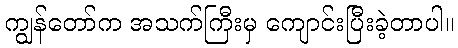
ကျွန်တော်က အသက်ကြီးမှ ကျောင်းပြီးခဲ့တာပါ။